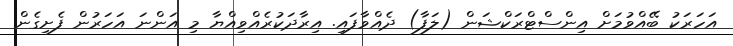
އަހަރަކު ބޭއްވުމަށް އިންސްޓްރަކްޝަން (ލަފާ) ދެއްވާފައި. އިރާދަކުރެއްވިއްޔާ މި އަންނަ އަހަރުން ފެށިގެން